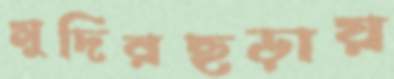
মুদিরছড়ায়